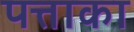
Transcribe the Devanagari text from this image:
पत्ताका